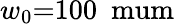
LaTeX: w_{0}{=}100\ \mathrm{\ mum}